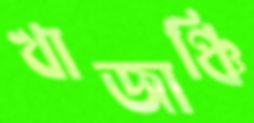
খাজাঞ্চি